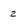
Character: 2